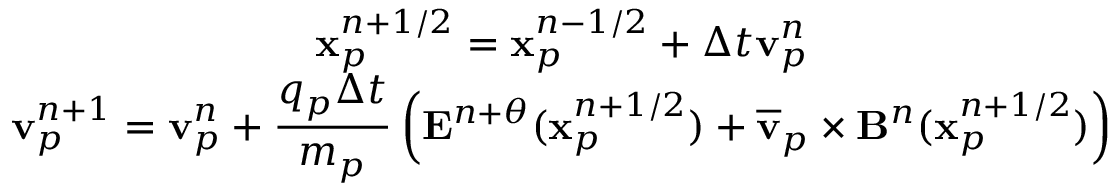
\begin{array} { c } { \displaystyle \mathbf { x } _ { p } ^ { n + 1 / 2 } = \mathbf { x } _ { p } ^ { n - 1 / 2 } + \Delta t \mathbf { v } _ { p } ^ { n } } \\ { \displaystyle \mathbf { v } _ { p } ^ { n + 1 } = \mathbf { v } _ { p } ^ { n } + \frac { q _ { p } \Delta t } { m _ { p } } \left( \mathbf { E } ^ { n + \theta } ( \mathbf { x } _ { p } ^ { n + 1 / 2 } ) + \overline { { \mathbf { v } } } _ { p } \times \mathbf { B } ^ { n } ( \mathbf { x } _ { p } ^ { n + 1 / 2 } ) \right) } \end{array}